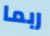
ربما